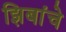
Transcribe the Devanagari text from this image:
झिबांचे